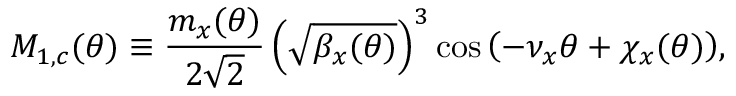
M _ { 1 , c } ( \theta ) \equiv \frac { m _ { x } ( \theta ) } { 2 \sqrt 2 } \left( \sqrt { \beta _ { x } ( \theta ) } \right) ^ { 3 } \cos { \left( - \nu _ { x } \theta + \chi _ { x } ( \theta ) \right) } ,